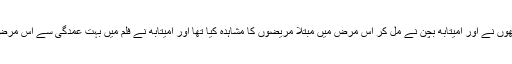
فلم کے ڈائرکٹر بالکی کہتے ہیں کہ انھوں نے اور امیتابھ بچن نے مل کر اس مرض میں مبتلا مریضوں کا مشاہدہ کیا تھا اور امیتابھ نے فلم میں بہت عمدگی سے اس مرض میں مبتلا بچے کا کردار ادا کیا ہے۔